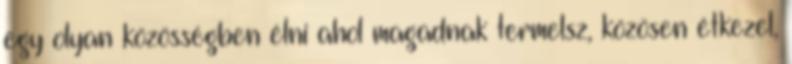
egy olyan közösségben élni ahol magadnak termelsz, közösen étkezel,